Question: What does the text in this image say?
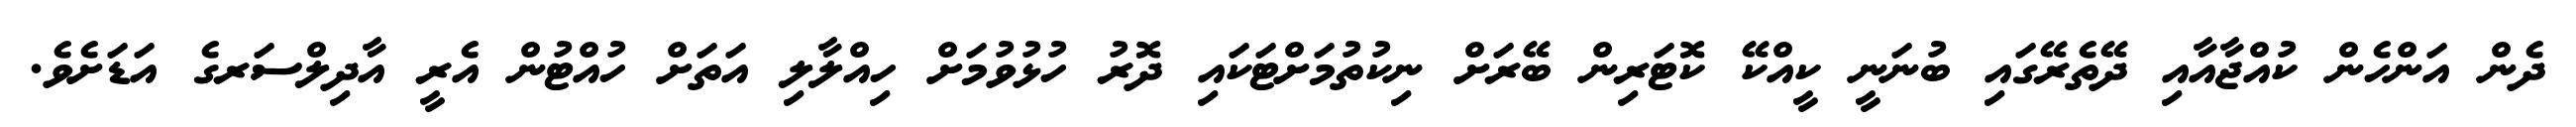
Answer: ދެން އަންހެން ކުއްޖާއާއި ދޭތެރޭގައި ބުނަނީ ކީއްކޭ ކޮޓަރިން ބޭރަށް ނިކުތުމަށްޓަކައި ދޮރު ހުޅުވުމަށް ހިއްލާލި އަތަށް ހުއްޓުން އެރީ އާދިލްސަރގެ އަޑަށެވެ.